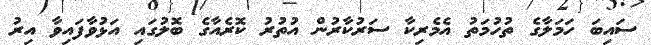
ސައިބަ ހަމަލާގެ ތުހުމަތު އެމެރިކާ ސަރުކާރުން އުތުރު ކޮރެއާގެ ބޮލުގައި އަޅުވާފައިވާ އިރު